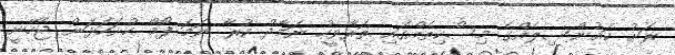
ރަށު ކައުންސިލެއްގެ މިސްކިތެއްގައި ތަރާވީހު ނަމާދު ކުރާ ނަމަ ފޯމް ހުށަހަޅަން ޖެހޭނީ